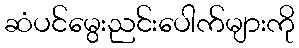
ဆံပင်မွေးညင်းပေါက်များကို